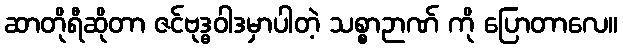
ဆာတိုရီဆိုတာ ဇင်ဗုဒ္ဓဝါဒမှာပါတဲ့ သစ္စာဉာဏ် ကို ပြောတာလေ။